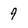
Character: 9